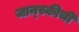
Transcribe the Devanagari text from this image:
जान्स्कीची